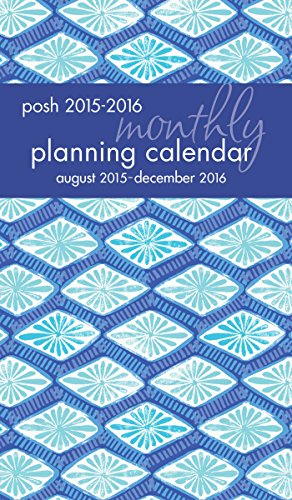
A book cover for Posh: Indigo 2015-2016 Monthly Pocket Planning Calendar; Kate Spain; Calendars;